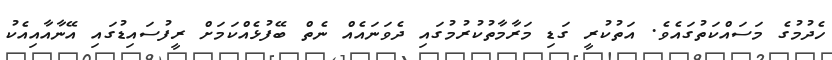
ހެދުމުގެ މަސައްކަތުގައެވެ. އަތުކުރީ ގަޑި މަރާމާތުކުރުމުގައި ދެވަނައެއް ނެތް ބޭފުޅެއްކަމަށް ރީފުސައިޑުގައި އޭނާއާއިއެކު